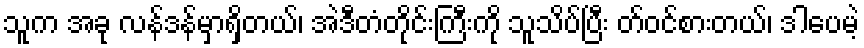
သူက အခု လန်ဒန်မှာရှိတယ်၊ အဲဒီတံတိုင်းကြီးကို သူသိပ်ပြီး တ်ဝင်စားတယ်၊ ဒါပေမဲ့